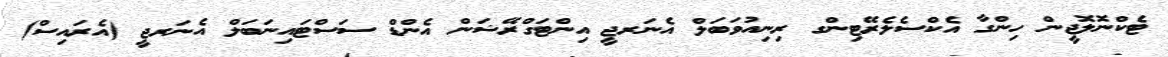
ޓެކްނޮލޮޖީން ހިންގާ އެކްސެލެރޭޓިންގ ރިނިއުވަބަލް އެނަރޖީ އިންޓަގްރޭޝަން އެންޑް ސަސްޓައިނަބަލް އެނަރޖީ (އެރައިސް)